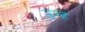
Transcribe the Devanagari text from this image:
उन्हं